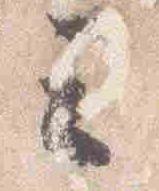
云